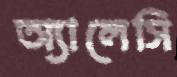
অ্যালেসি